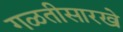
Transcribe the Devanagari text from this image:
गळतीसारखे